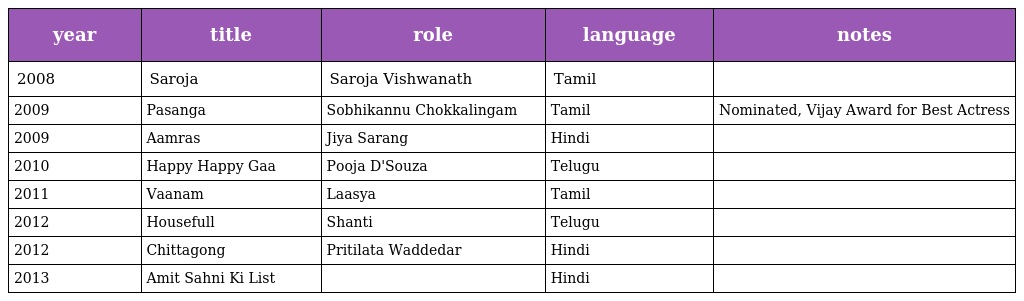
| year | title | role | language | notes |
 | --- | --- | --- | --- | --- |
 | 2008 | Saroja | Saroja Vishwanath | Tamil |  |
 | 2009 | Pasanga | Sobhikannu Chokkalingam | Tamil | Nominated, Vijay Award for Best Actress |
 | 2009 | Aamras | Jiya Sarang | Hindi |  |
 | 2010 | Happy Happy Gaa | Pooja D'Souza | Telugu |  |
 | 2011 | Vaanam | Laasya | Tamil |  |
 | 2012 | Housefull | Shanti | Telugu |  |
 | 2012 | Chittagong | Pritilata Waddedar | Hindi |  |
 | 2013 | Amit Sahni Ki List |  | Hindi |  |